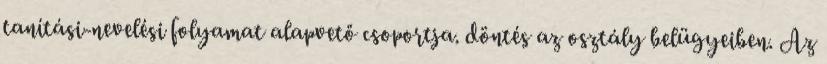
tanítási-nevelési folyamat alapvető csoportja. döntés az osztály belügyeiben. Az